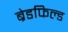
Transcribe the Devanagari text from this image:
ब्रेडफिल्ड